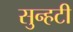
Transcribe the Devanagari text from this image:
सुन्हटी